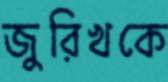
জুরিখকে